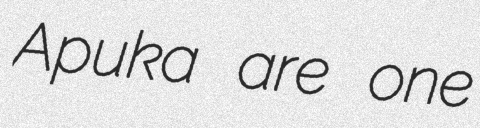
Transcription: Apuka are one